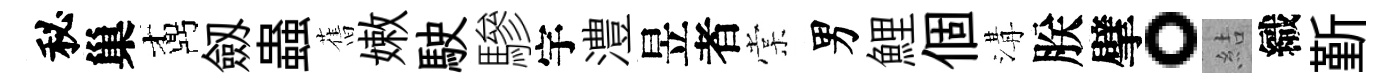
秘巢鼒劔蟲𦾔嫩駛驂宇澧昱者棠男鯉個溝朕擘。結織斳